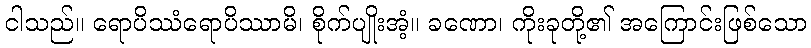
ငါသည်။ ရောပိဿံရောပိဿာမိ၊ စိုက်ပျိုးအံ့။ ခဏော၊ ကိုးခုတို့၏ အကြောင်းဖြစ်သော